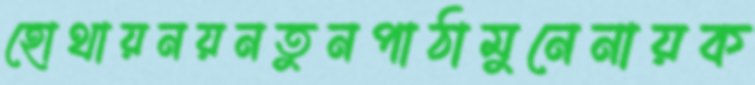
হোথায়নয়নতুনপাঠামুনেনায়ক